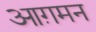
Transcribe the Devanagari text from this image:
आग़मन